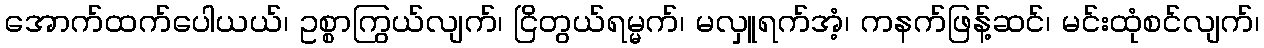
အောက်ထက်ပေါယယ်၊ ဥစ္စာကြွယ်လျက်၊ ငြိတွယ်ရမ္မက်၊ မလှူရက်အံ့၊ ကနက်ဖြန့်ဆင်၊ မင်းထုံစင်လျက်၊